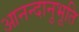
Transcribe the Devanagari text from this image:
आनन्‍दानुभूति